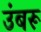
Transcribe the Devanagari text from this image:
उंबरू